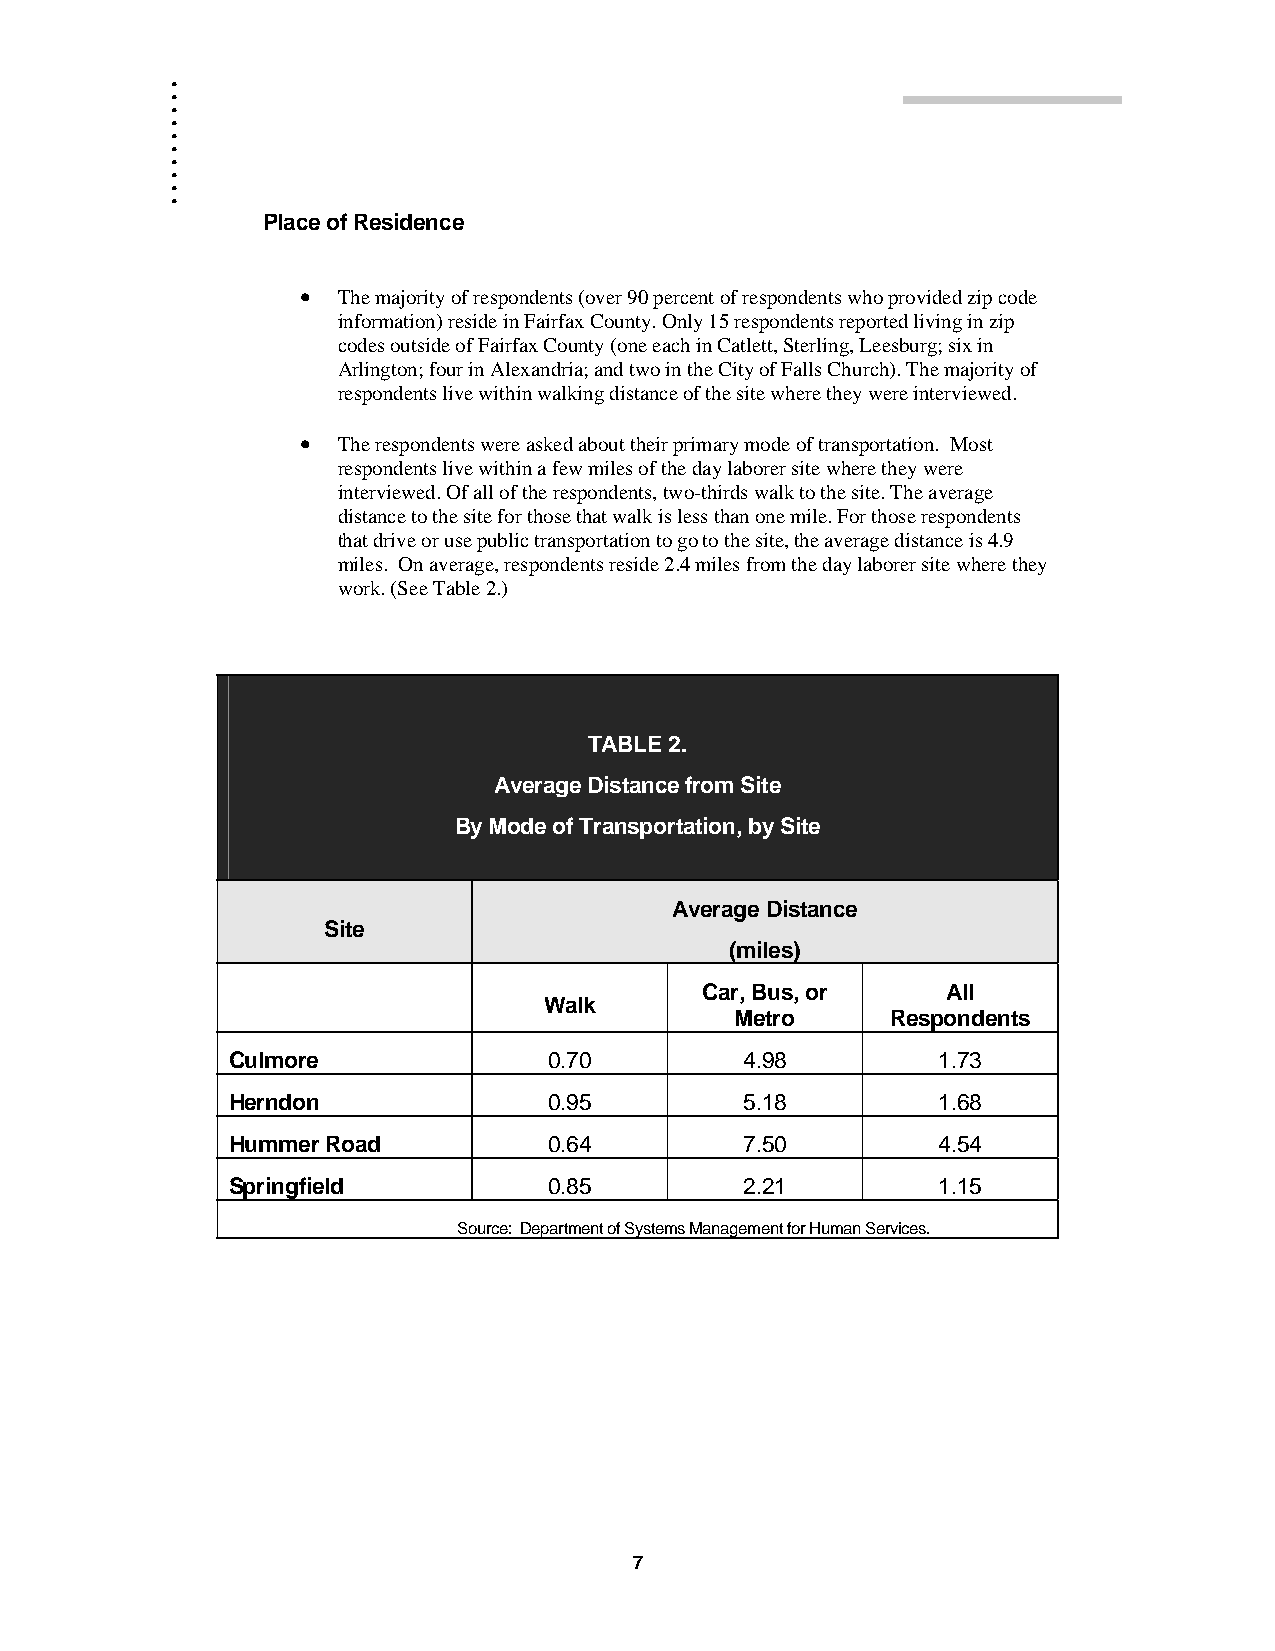
.
 .
 .
 .
 .
 .
 .
 .
 .
 .
 Place of Residence
 • The majority of respondents (over 90 percent of respondents who provided zip code
 information) reside in Fairfax County. Only 15 respondents reported living in zip
 codes outside of Fairfax County (one each in Catlett, Sterling, Leesburg; six in
 Arlington; four in Alexandria; and two in the City of Falls Church). The majority of
 respondents live within walking distance of the site where they were interviewed.
 • The respondents were asked about their primary mode of transportation. Most
 respondents live within a few miles of the day laborer site where they were
 interviewed. Of all of the respondents, two-thirds walk to the site. The average
 distance to the site for those that walk is less than one mile. For those respondents
 that drive or use public transportation to go to the site, the average distance is 4.9
 miles. On average, respondents reside 2.4 miles from the day laborer site where they
 work. (See Table 2.)
 TABLE 2.
 Average Distance from Site
 By Mode of Transportation, by Site
 Average Distance
 Site
 (miles)
 Car, Bus, or     All
 Walk
 Metro     Respondents
 Culmore              0.70         4.98         1.73
 Herndon              0.95         5.18         1.68
 Hummer Road          0.64         7.50         4.54
 Springfield          0.85         2.21         1.15
 Source: Department of Systems Management for Human Services.
 7